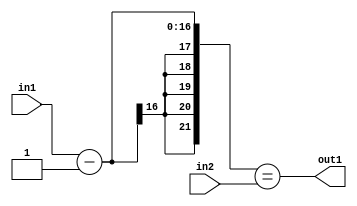
`timescale 1ps / 1ps
/*****************************************************************************
    Verilog RTL Description
    
    
    Created by: Stratus DpOpt 2019.1.01 
*******************************************************************************/

module st_weight_addr_gen_EqSubi1u16u16_4_3 (
	in2,
	in1,
	out1
	); /* architecture "behavioural" */ 
input [15:0] in2,
	in1;
output  out1;
wire  asc001;
wire [16:0] asc003;

assign asc003 = 
	+(in1)
	-(17'B00000000000000001);

assign asc001 = ({{5{asc003[16]}}, asc003}==in2);

assign out1 = asc001;
endmodule

/* CADENCE  ubb2SAA= : u9/ySgnWtBlWxVPRXgAZ4Og= ** DO NOT EDIT THIS LINE ******/